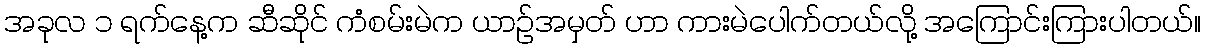
အခုလ ၁ ရက်နေ့က ဆီဆိုင် ကံစမ်းမဲက ယာဉ်အမှတ် ဟာ ကားမဲပေါက်တယ်လို့ အကြောင်းကြားပါတယ်။